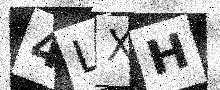
Text: 4LXH